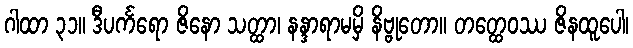
ဂါထာ ၃၁။ ဒီပင်္ကရော ဇိနော သတ္ထာ၊ နန္ဒာရာမမှိ နိဗ္ဗုတော။ တတ္ထေဝဿ ဇိနထူပေါ၊